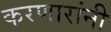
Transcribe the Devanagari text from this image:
करणारांनी